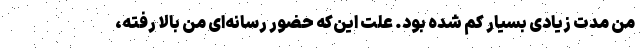
من مدت زیادی بسیار کم شده بود. علت این‌که حضور رسانه‌ای من بالا رفته،